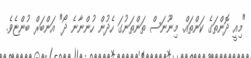
"މިއީ ދޮންތަގެ ކަންތައް. މިނޫނަސް ތަންތަނުގަ ހެދުން ހުންނާނެ ދޯ" އަންބަރް ބުންޏެވެ.